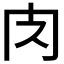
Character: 𮌇